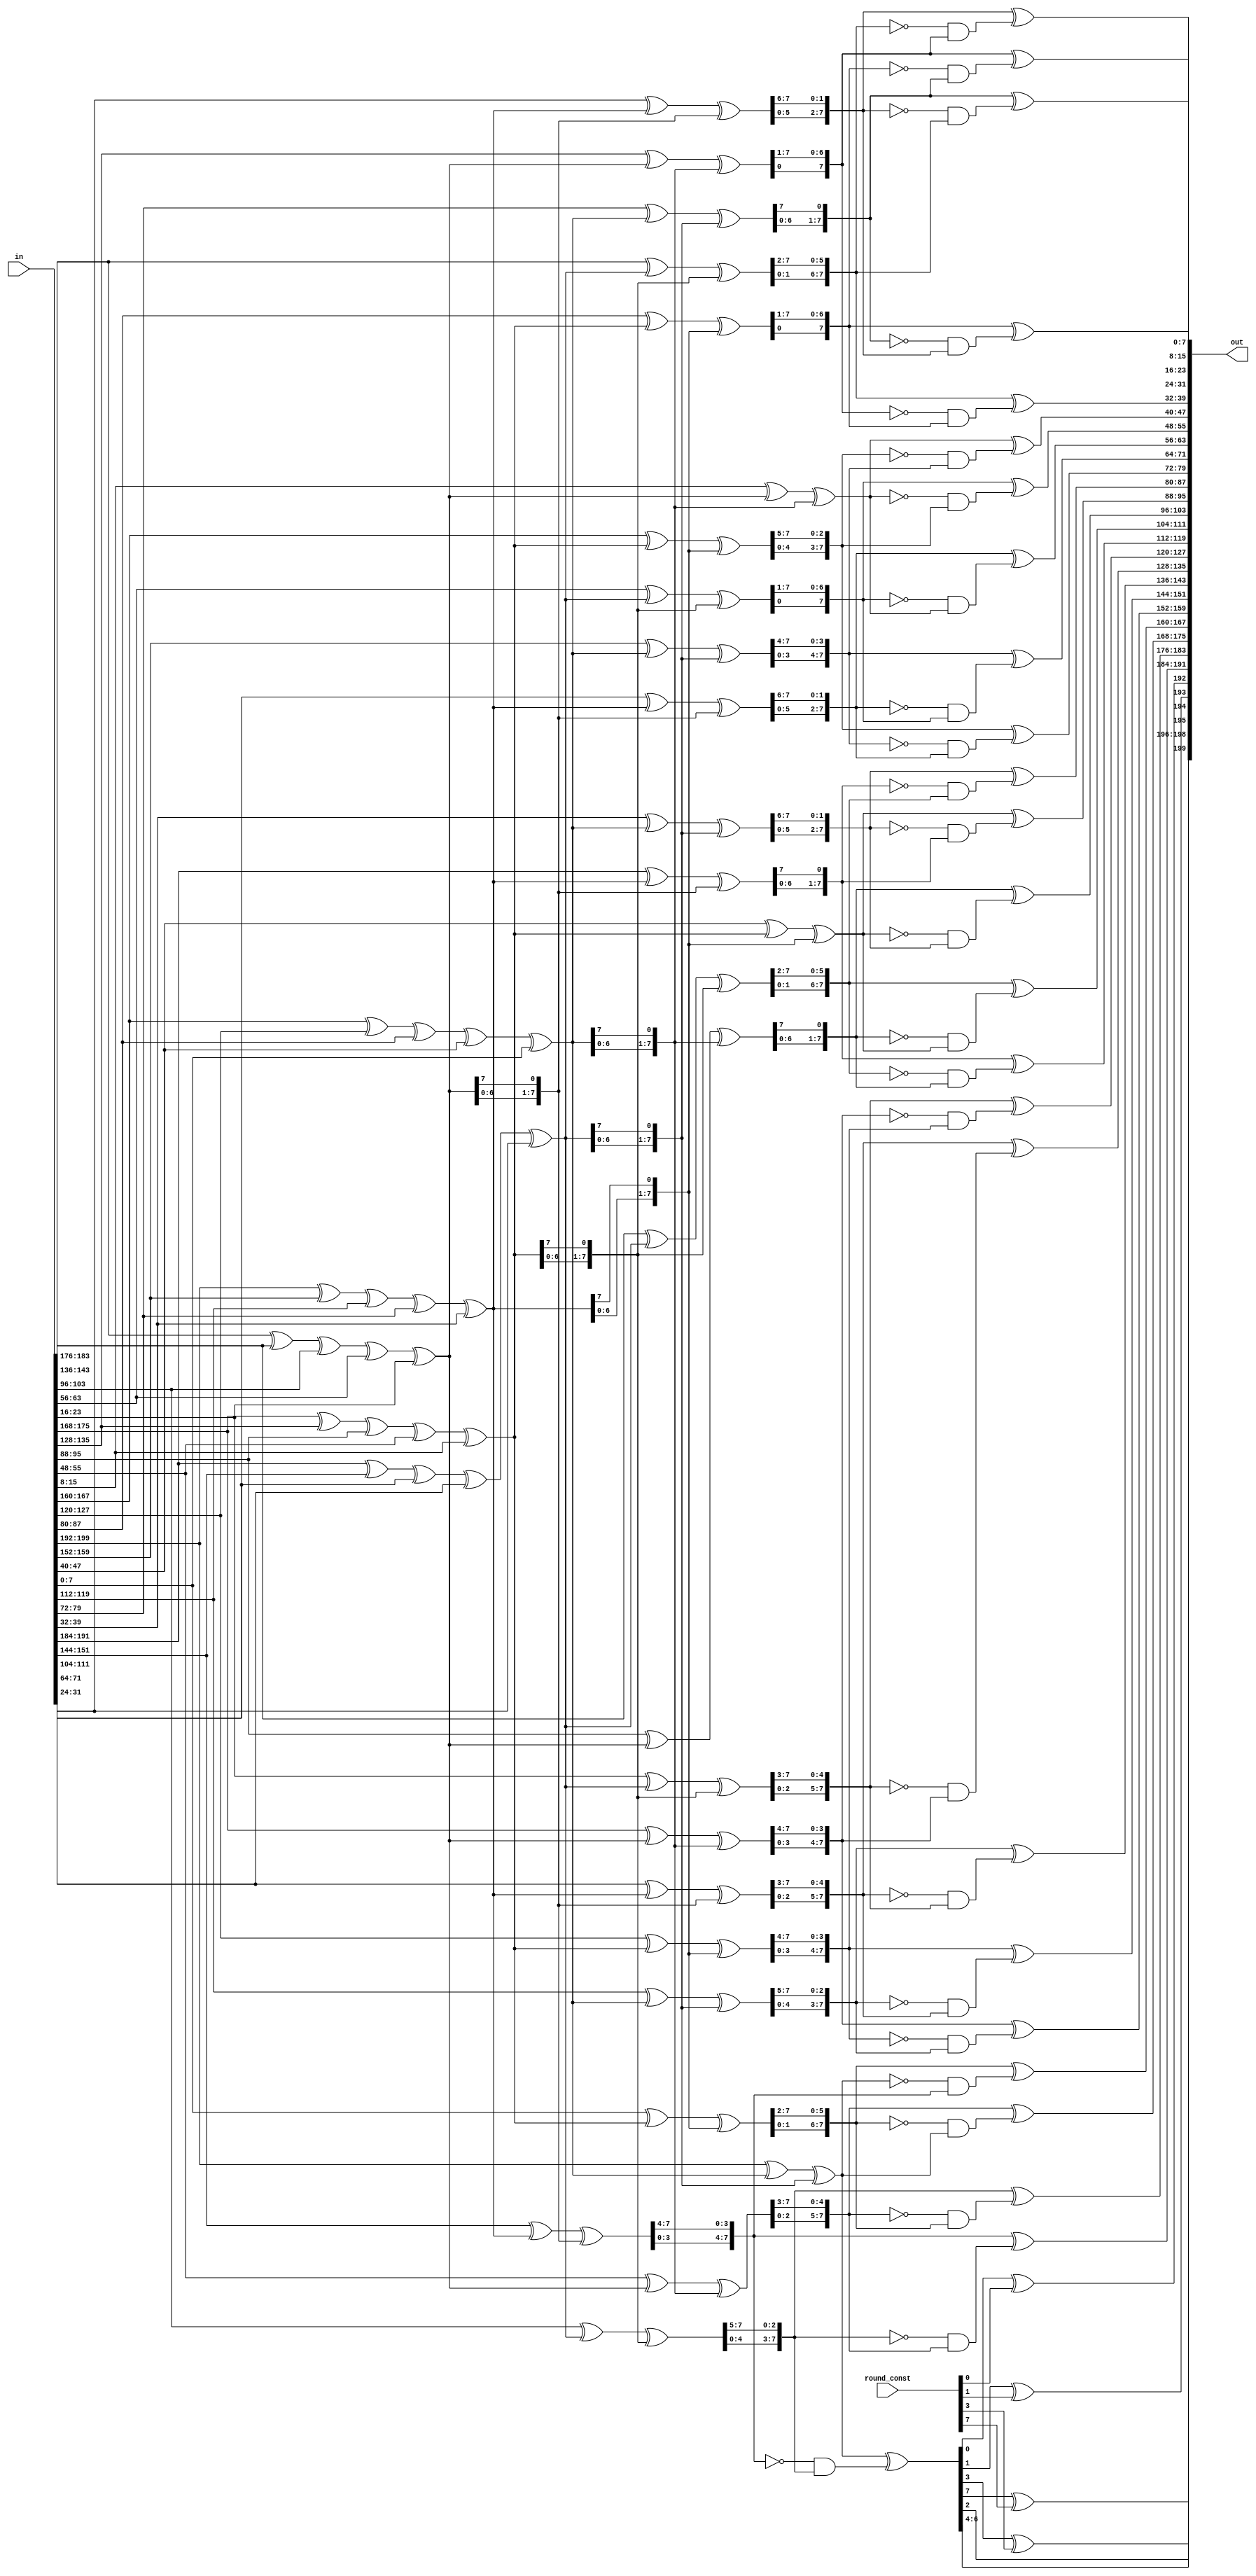
/*
 * Copyright 2013, Homer Hsing <homer.hsing@gmail.com>
 *
 * Licensed under the Apache License, Version 2.0 (the "License");
 * you may not use this file except in compliance with the License.
 * You may obtain a copy of the License at
 *
 * http://www.apache.org/licenses/LICENSE-2.0
 *
 * Unless required by applicable law or agreed to in writing, software
 * distributed under the License is distributed on an "AS IS" BASIS,
 * WITHOUT WARRANTIES OR CONDITIONS OF ANY KIND, either express or implied.
 * See the License for the specific language governing permissions and
 * limitations under the License.
 */

`define low_pos(x,y)        `high_pos(x,y) - 7
`define high_pos(x,y)       199 - 8*(5*y+x)
`define add_1(x)            (x == 4 ? 0 : x + 1)
`define add_2(x)            (x == 3 ? 0 : x == 4 ? 1 : x + 2)
`define sub_1(x)            (x == 0 ? 4 : x - 1)
`define rot_up(in, n)       {in[7-n:0], in[7:7-n+1]}
`define rot_up_1(in)        {in[6:0], in[7]}

module round_200(in, round_const, out);
    input  [199:0] in;
    input  [7:0]   round_const;
    output [199:0] out;

    wire   [7:0]   a[4:0][4:0];
    wire   [7:0]   b[4:0];
    wire   [7:0]   c[4:0][4:0], d[4:0][4:0], e[4:0][4:0], f[4:0][4:0], g[4:0][4:0];

    genvar x, y;

    /* assign "a[x][y][z] == in[w(5y+x)+z]" */
    generate
      for(y=0; y<5; y=y+1)
        begin : L0
          for(x=0; x<5; x=x+1)
            begin : L1
              assign a[x][y] = in[`high_pos(x,y) : `low_pos(x,y)];
            end
        end
    endgenerate

    /* calc "b[x] == a[x][0] ^ a[x][1] ^ ... ^ a[x][4]" */
    generate
      for(x=0; x<5; x=x+1)
        begin : L2
          assign b[x] = a[x][0] ^ a[x][1] ^ a[x][2] ^ a[x][3] ^ a[x][4];
        end
    endgenerate

    /* calc "c == theta(a)" */
    generate
      for(y=0; y<5; y=y+1)
        begin : L3
          for(x=0; x<5; x=x+1)
            begin : L4
              assign c[x][y] = a[x][y] ^ b[`sub_1(x)] ^ `rot_up_1(b[`add_1(x)]);
            end
        end
    endgenerate

    /* calc "d == rho(c)"  [0, 1, 6, 4, 3,   4, 4, 6, 7, 4,   3, 2, 3, 1, 7,   1, 5, 7, 5, 0,   2, 2, 5, 0, 6] */
    assign d[0][0] = c[0][0];
    assign d[1][0] = `rot_up_1(c[1][0]);
    assign d[2][0] = `rot_up(c[2][0], 6);
    assign d[3][0] = `rot_up(c[3][0], 4);
    assign d[4][0] = `rot_up(c[4][0], 3);
    assign d[0][1] = `rot_up(c[0][1], 4);
    assign d[1][1] = `rot_up(c[1][1], 4);
    assign d[2][1] = `rot_up(c[2][1], 6);
    assign d[3][1] = `rot_up(c[3][1], 7);
    assign d[4][1] = `rot_up(c[4][1], 4);
    assign d[0][2] = `rot_up(c[0][2], 3);
    assign d[1][2] = `rot_up(c[1][2], 2);
    assign d[2][2] = `rot_up(c[2][2], 3);
    assign d[3][2] = `rot_up(c[3][2], 1);
    assign d[4][2] = `rot_up(c[4][2], 7);
    assign d[0][3] = `rot_up(c[0][3], 1);
    assign d[1][3] = `rot_up(c[1][3], 5);
    assign d[2][3] = `rot_up(c[2][3], 7);
    assign d[3][3] = `rot_up(c[3][3], 5);
    assign d[4][3] = c[4][3];
    assign d[0][4] = `rot_up(c[0][4], 2);
    assign d[1][4] = `rot_up(c[1][4], 2);
    assign d[2][4] = `rot_up(c[2][4], 5);
    assign d[3][4] = c[3][4];
    assign d[4][4] = `rot_up(c[4][4], 6);

    /* calc "e == pi(d)" */
    assign e[0][0] = d[0][0];
    assign e[0][2] = d[1][0];
    assign e[0][4] = d[2][0];
    assign e[0][1] = d[3][0];
    assign e[0][3] = d[4][0];
    assign e[1][3] = d[0][1];
    assign e[1][0] = d[1][1];
    assign e[1][2] = d[2][1];
    assign e[1][4] = d[3][1];
    assign e[1][1] = d[4][1];
    assign e[2][1] = d[0][2];
    assign e[2][3] = d[1][2];
    assign e[2][0] = d[2][2];
    assign e[2][2] = d[3][2];
    assign e[2][4] = d[4][2];
    assign e[3][4] = d[0][3];
    assign e[3][1] = d[1][3];
    assign e[3][3] = d[2][3];
    assign e[3][0] = d[3][3];
    assign e[3][2] = d[4][3];
    assign e[4][2] = d[0][4];
    assign e[4][4] = d[1][4];
    assign e[4][1] = d[2][4];
    assign e[4][3] = d[3][4];
    assign e[4][0] = d[4][4];

    /* calc "f = chi(e)" */
    generate
      for(y=0; y<5; y=y+1)
        begin : L5
          for(x=0; x<5; x=x+1)
            begin : L6
              assign f[x][y] = e[x][y] ^ ((~ e[`add_1(x)][y]) & e[`add_2(x)][y]);
            end
        end
    endgenerate

    /* calc "g = iota(f)" */
    generate
      for(x=0; x<8; x=x+1)
        begin : L60
          if(x==0 || x==1 || x==3 || x==7)
            assign g[0][0][x] = f[0][0][x] ^ round_const[x];
          else
            assign g[0][0][x] = f[0][0][x];
        end
    endgenerate
    
    generate
      for(y=0; y<5; y=y+1)
        begin : L7
          for(x=0; x<5; x=x+1)
            begin : L8
              if(x!=0 || y!=0)
                assign g[x][y] = f[x][y];
            end
        end
    endgenerate

    /* assign "out[w(5y+x)+z] == out_var[x][y][z]" */
    generate
      for(y=0; y<5; y=y+1)
        begin : L99
          for(x=0; x<5; x=x+1)
            begin : L100
              assign out[`high_pos(x,y) : `low_pos(x,y)] = g[x][y];
            end
        end
    endgenerate
endmodule

`undef low_pos
`undef high_pos
`undef add_1
`undef add_2
`undef sub_1
`undef rot_up
`undef rot_up_1